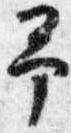
予